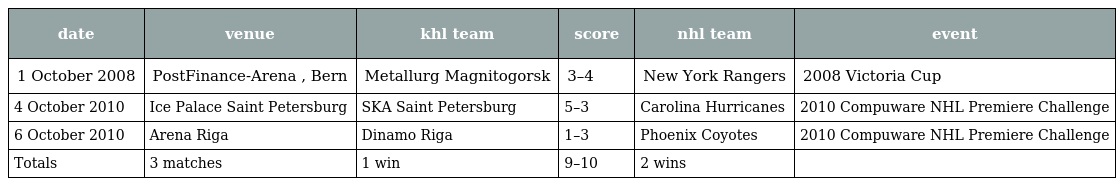
| date | venue | khl team | score | nhl team | event |
 | --- | --- | --- | --- | --- | --- |
 | 1 October 2008 | PostFinance-Arena , Bern | Metallurg Magnitogorsk | 3–4 | New York Rangers | 2008 Victoria Cup |
 | 4 October 2010 | Ice Palace Saint Petersburg | SKA Saint Petersburg | 5–3 | Carolina Hurricanes | 2010 Compuware NHL Premiere Challenge |
 | 6 October 2010 | Arena Riga | Dinamo Riga | 1–3 | Phoenix Coyotes | 2010 Compuware NHL Premiere Challenge |
 | Totals | 3 matches | 1 win | 9–10 | 2 wins |  |